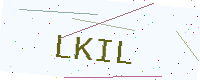
Text: LKIL